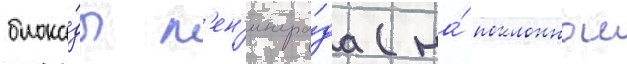
блока́ды л'ен'ингра́да (на́ поклоннои